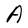
Character: A